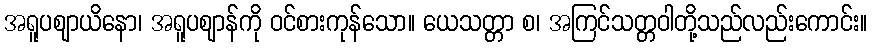
အရူပဈာယိနော၊ အရူပဈာန်ကို ဝင်စားကုန်သော။ ယေသတ္တာ စ၊ အကြင်သတ္တဝါတို့သည်လည်းကောင်း။